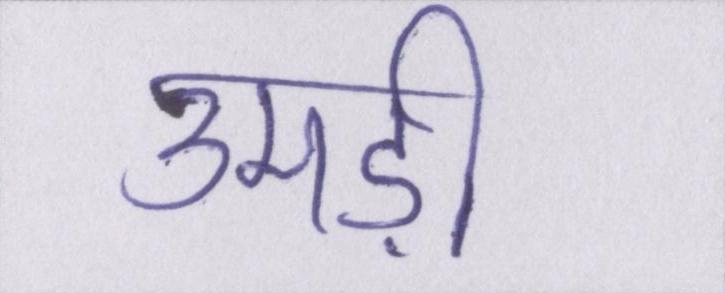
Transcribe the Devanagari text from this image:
उमड़ी